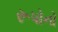
રૂપોનો